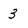
Character: 3